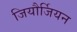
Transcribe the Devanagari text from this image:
जियौर्जियन